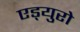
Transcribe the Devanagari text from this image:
एड्‌युरो